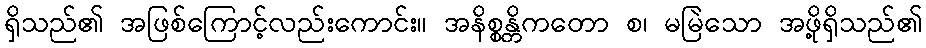
ရှိသည်၏ အဖြစ်ကြောင့်လည်းကောင်း။ အနိစ္စန္တိကတော စ၊ မမြဲသော အဖို့ရှိသည်၏